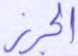
الجرز